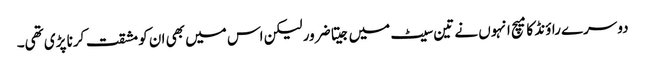
دوسرے راؤنڈ کا میچ انہوں نے تین سیٹ میں جیتا ضرور لیکن اس میں بھی ان کو مشقت کرنا پڑی تھی۔